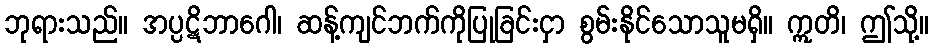
ဘုရားသည်။ အပ္ပဋိဘာဂေါ၊ ဆန့်ကျင်ဘက်ကိုပြုခြင်းငှာ စွမ်းနိုင်သောသူမရှိ။ ဣတိ၊ ဤသို့။